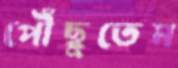
পৌঁছুতেম